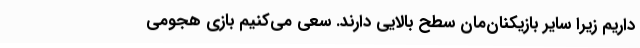
داریم زیرا سایر بازیکنان‌مان سطح بالایی دارند. سعی می‌کنیم بازی هجومی